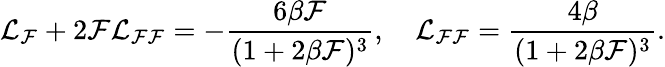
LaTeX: {\cal L}_{\cal F}+2{\cal F}{\cal L}_{{\cal F}{\cal F}}=-\frac{6\beta{\cal F}}{(1+2\beta{\cal F})^{3}},~~~~{\cal L}_{{\cal F}{\cal F}}=\frac{4\beta}{(1+2\beta{\cal F})^{3}}.